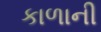
કાળાની